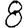
Digit: 8